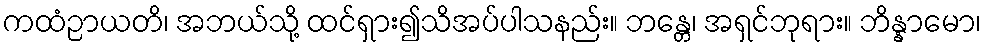
ကထံဉာယတိ၊ အဘယ်သို့ ထင်ရှား၍သိအပ်ပါသနည်း။ ဘန္တေ၊ အရှင်ဘုရား။ ဘိန္နာမော၊